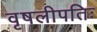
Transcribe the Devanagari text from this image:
वृषलीपतिः